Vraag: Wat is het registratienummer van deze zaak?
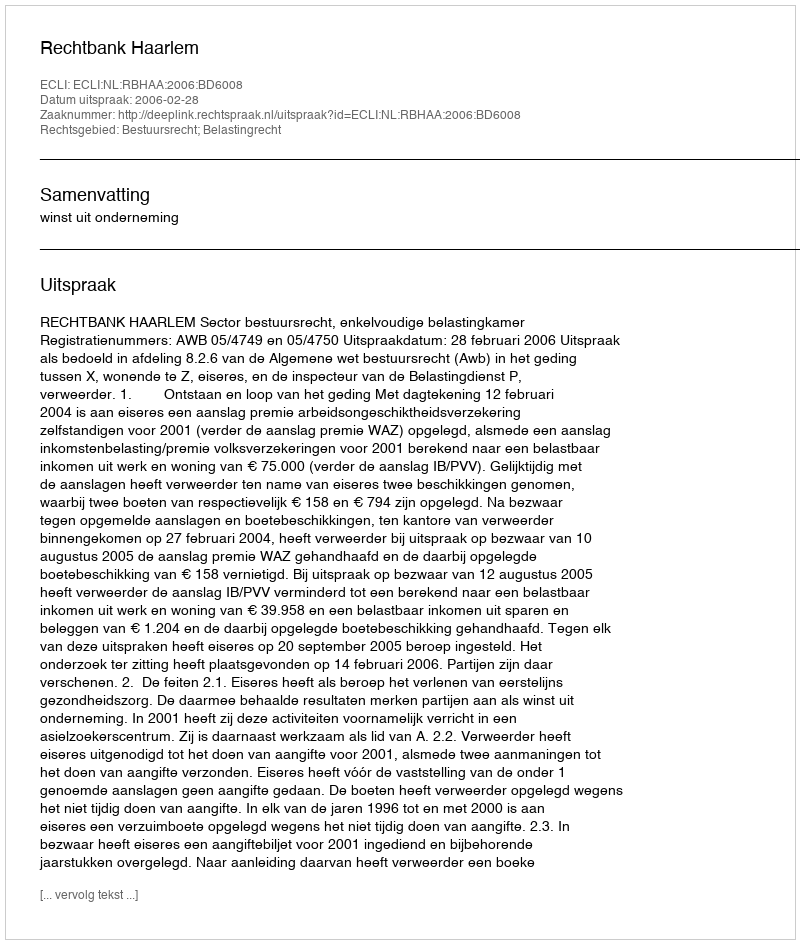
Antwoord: http://deeplink.rechtspraak.nl/uitspraak?id=ECLI:NL:RBHAA:2006:BD6008